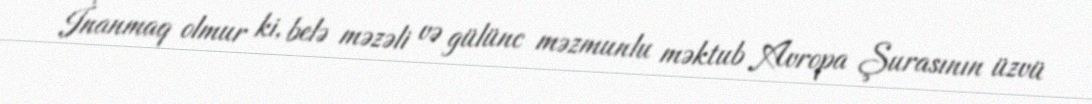
İnanmaq olmur ki, belə məzəli və gülünc məzmunlu məktub Avropa Şurasının üzvü